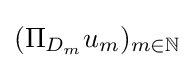
(\Pi _{D_{m}}u_{m})_{m\in \mathbb {N} }